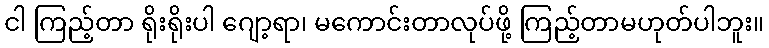
ငါ ကြည့်တာ ရိုးရိုးပါ ဂျော့ရာ၊ မကောင်းတာလုပ်ဖို့ ကြည့်တာမဟုတ်ပါဘူး။